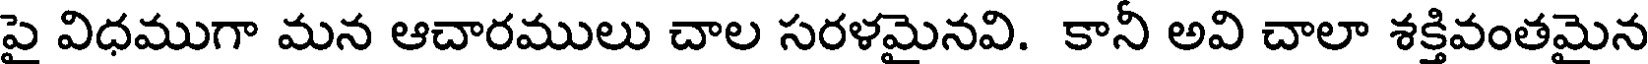
పై విధముగా మన ఆచారములు చాల సరళమైనవి. కానీ అవి చాలా శక్తివంతమైన